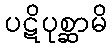
ပဋိပုစ္ဆာမိ